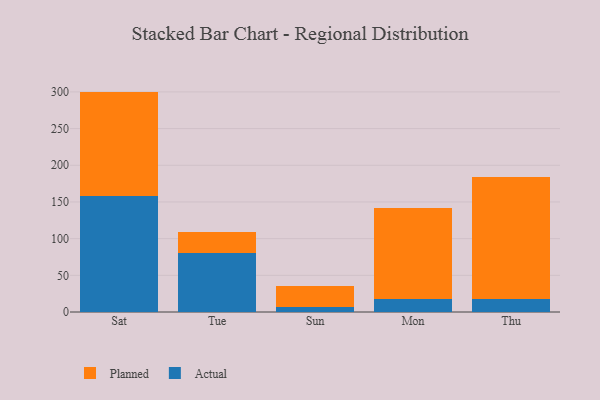
{"axis": {"x": "Day", "y": "Humidity (%)"}, "legend": ["Actual", "Planned"], "data": [{"x": "Sat", "y": 158.5, "type": "Actual"}, {"x": "Sat", "y": 141.9, "type": "Planned"}, {"x": "Tue", "y": 80.9, "type": "Actual"}, {"x": "Tue", "y": 28.7, "type": "Planned"}, {"x": "Sun", "y": 6.2, "type": "Actual"}, {"x": "Sun", "y": 29.3, "type": "Planned"}, {"x": "Mon", "y": 17.4, "type": "Actual"}, {"x": "Mon", "y": 125.0, "type": "Planned"}, {"x": "Thu", "y": 17.5, "type": "Actual"}, {"x": "Thu", "y": 166.5, "type": "Planned"}]}